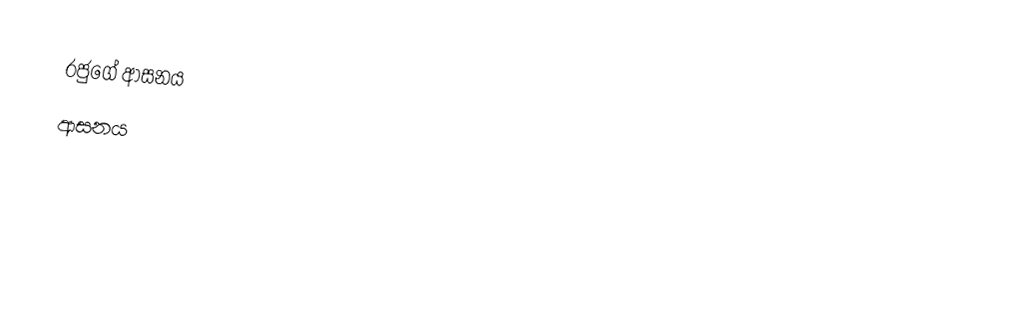
රජුගේ ආසනය
ආසනය